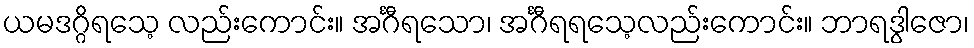
ယမဒဂ္ဂိရသေ့ လည်းကောင်း။ အင်္ဂီရသော၊ အင်္ဂီရရသေ့လည်းကောင်း။ ဘာရဒွါဇော၊